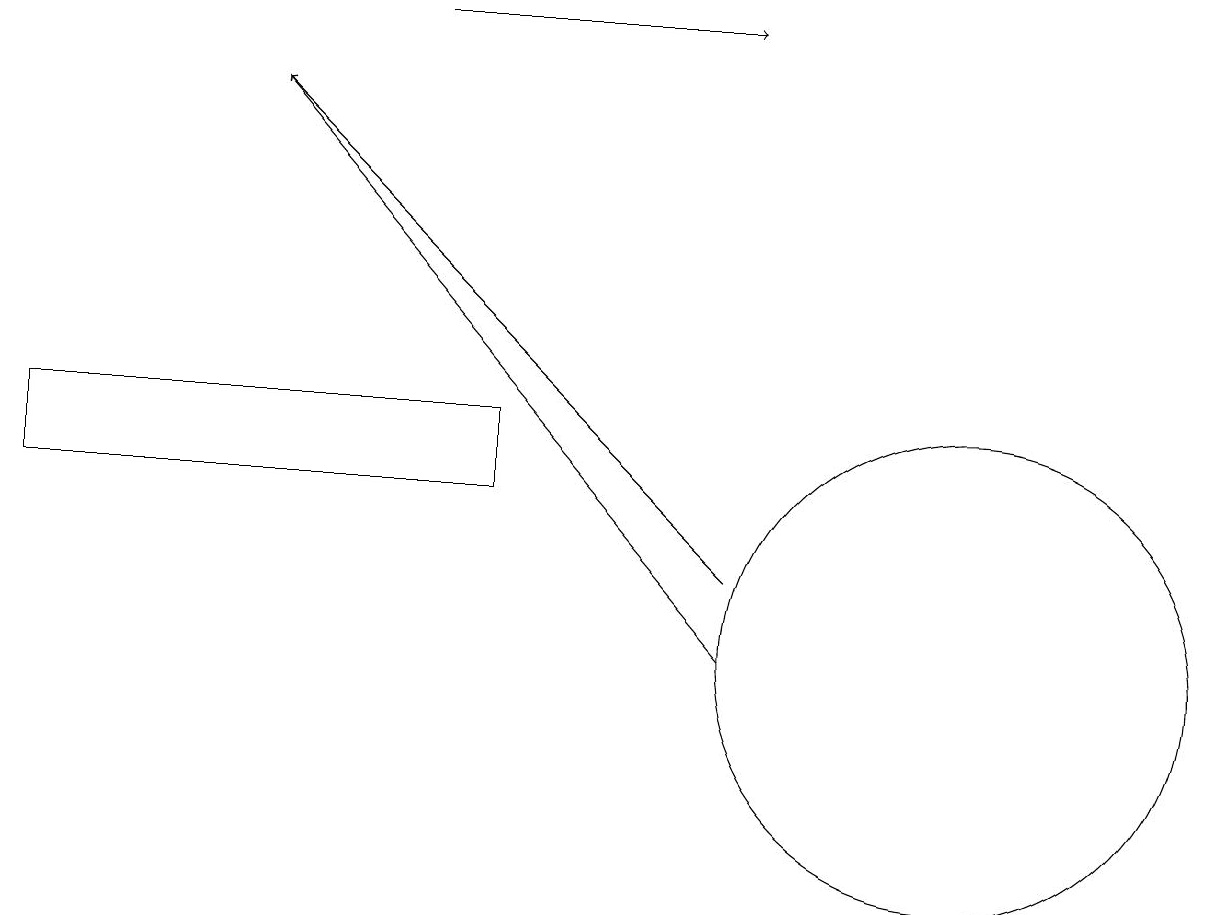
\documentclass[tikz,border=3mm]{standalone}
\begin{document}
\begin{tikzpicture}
\draw[->] (9,12) -- (3,18);
\draw (6,14) rectangle (0,13);
\draw[->] (9,11) -- (3,18);
\draw (12,11) circle (3);
\draw[->] (5,19) -- (9,19);
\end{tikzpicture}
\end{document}